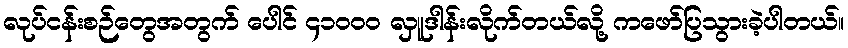
လုပ်ငန်းစဉ်တွေအတွက် ပေါင် ၄၁၀၀၀ လှူဒါန်းလိုက်တယ်လို့ ကဖော်ပြသွားခဲ့ပါတယ်။